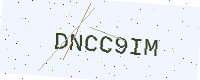
Text: DNCC9IM